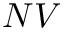
N V